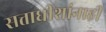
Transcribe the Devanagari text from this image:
सत्ताधीशांनाही